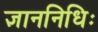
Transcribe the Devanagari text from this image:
ज्ञाननिधिः